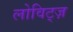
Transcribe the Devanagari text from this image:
लोविट्ज़